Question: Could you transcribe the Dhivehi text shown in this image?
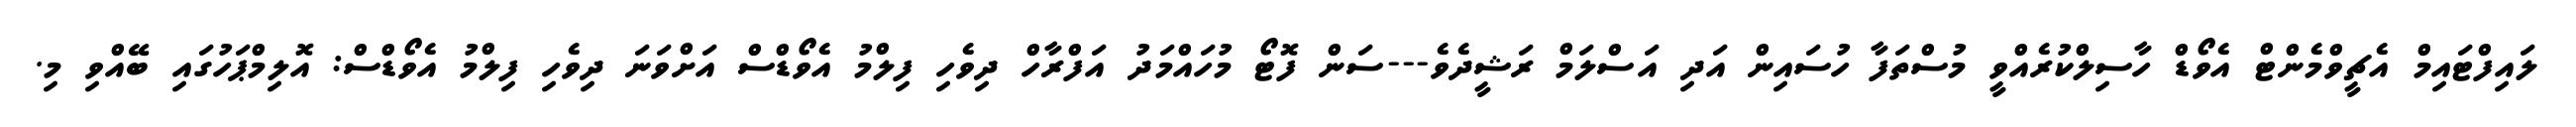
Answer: ލައިފްޓައިމް އެޗީވްމެންޓް އެވޯޑް ހާސިލްކުރެއްވީ މުސްތަފާ ހުސައިން އަދި އަސްލަމް ރަޝީދެވެ---ސަން ފޮޓޯ މުހައްމަދު އަފްރާހް ދިވެހި ފިލްމު އެވޯޑްސް އަށްވަނަ ދިވެހި ފިލްމު އެވޯޑްސް: އޮލިމްޕަހުގައި ބޭއްވި މި.